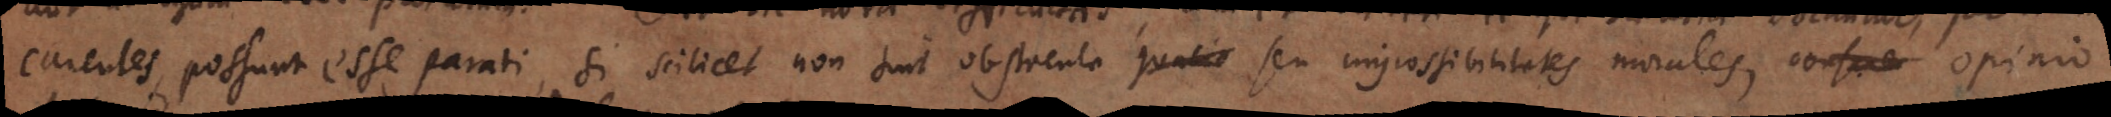
carentes, possunt esse parati, si scilicet non sint obstacula seu impossibilitates morales, consue opinio